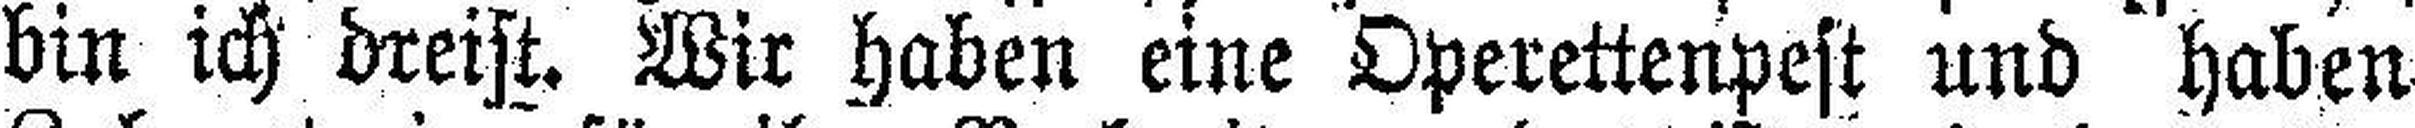
bin ich dreist. Wir haben eine Operettenpest und haben